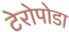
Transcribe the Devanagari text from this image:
टेरोपोडा